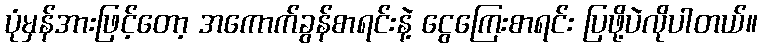
ပုံမှန်အားဖြင့်တော့ အကောက်ခွန်စာရင်းနဲ့ ငွေကြေးစာရင်း ပြဖို့ပဲလိုပါတယ်။